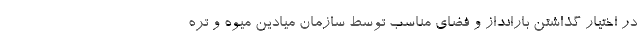
در اختیار گذاشتن بارانداز و فضای مناسب توسط سازمان میادین میوه و تره